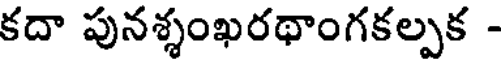
కదా పునశ్శంఖరథాంగకల్పక -